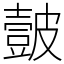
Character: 皼